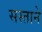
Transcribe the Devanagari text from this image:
सस्ताने